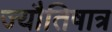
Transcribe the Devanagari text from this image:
ज्यौतिषात्र